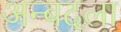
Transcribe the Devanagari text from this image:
अन्बदला